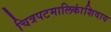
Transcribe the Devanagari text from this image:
चित्रपटमालिकांशिवाय